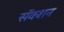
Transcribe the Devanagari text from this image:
सॅक्शन